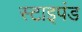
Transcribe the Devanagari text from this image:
स्टाइपंड